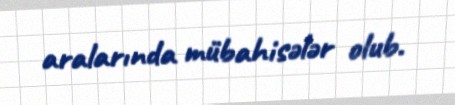
aralarında mübahisələr olub.